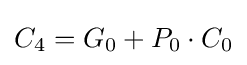
C_{4}=G_{0}+P_{0}\cdot C_{0}